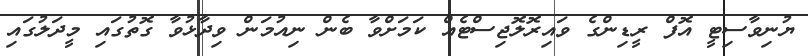
ޔުނިވާސިޓީ އޮފް ރީޑިންގެ ވައިރޮލޮޖިސްޓެއް ކަމަށްވާ ބެން ނިއުމަން ވިދާޅުވާ ގޮތުގައި މީދަލުގައި